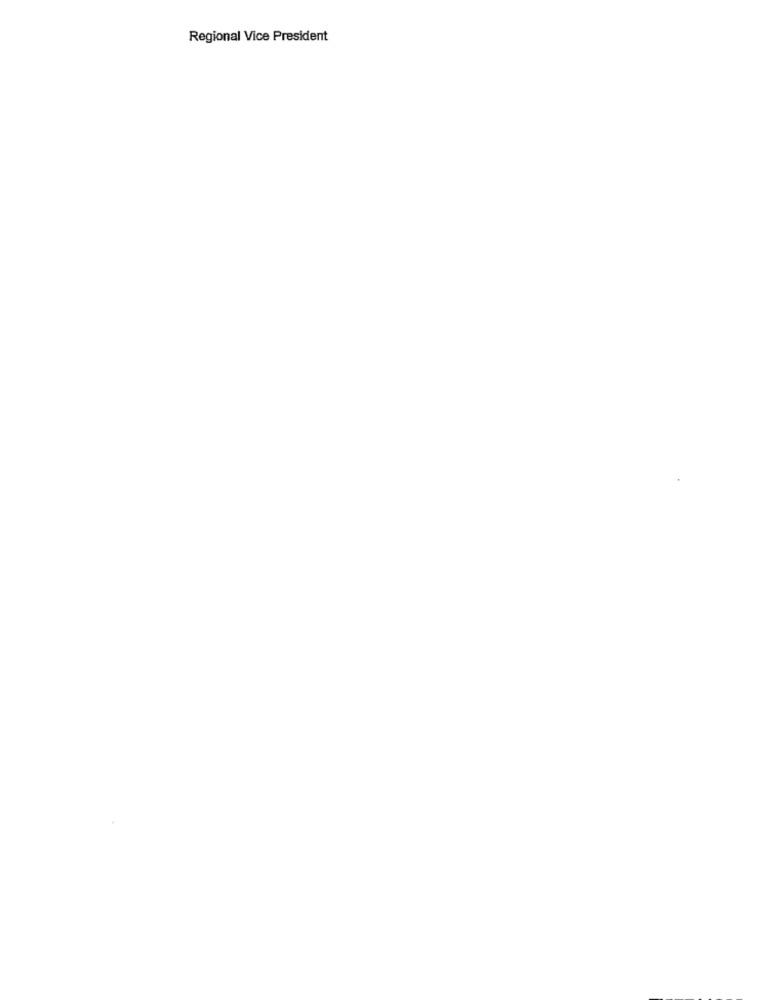
Regional Vice President